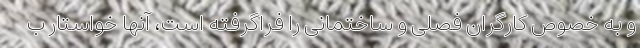
و به خصوص کارگران فصلی و ساختمانی را فراگرفته است، آنها خواستار ب